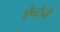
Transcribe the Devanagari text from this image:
ऐन्टेने